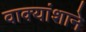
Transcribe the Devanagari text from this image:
वाक्यांशाने